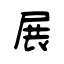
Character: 展